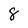
Character: 8